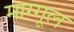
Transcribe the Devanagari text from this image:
माग्गूल